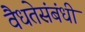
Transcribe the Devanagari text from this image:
वैधतेसंबंधी